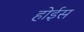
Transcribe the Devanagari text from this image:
होईस